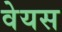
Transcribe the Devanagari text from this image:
वेयस